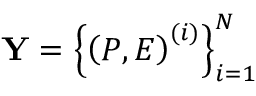
\mathbf { Y } = \left\{ \left( P , E \right) ^ { ( i ) } \right\} _ { i = 1 } ^ { N }